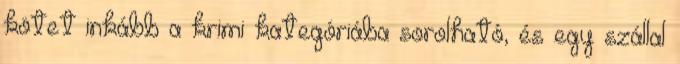
kötet inkább a krimi kategóriába sorolható, és egy szállal